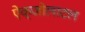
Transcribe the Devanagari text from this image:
ऐक्ज़ोलाटल